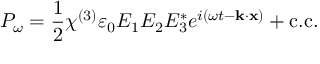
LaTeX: P _ { \omega } = { \frac { 1 } { 2 } } \chi ^ { ( 3 ) } \varepsilon _ { 0 } E _ { 1 } E _ { 2 } E _ { 3 } ^ { * } e ^ { i ( \omega t - \mathbf { k } \cdot \mathbf { x } ) } + { \mathrm { c . c . } }